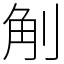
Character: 㓩